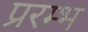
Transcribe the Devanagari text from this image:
प्ररम्भ